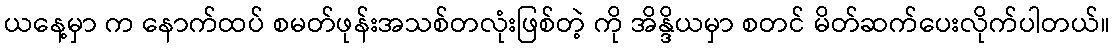
ယနေ့မှာ က နောက်ထပ် စမတ်ဖုန်းအသစ်တလုံးဖြစ်တဲ့ ကို အိန္ဒိယမှာ စတင် မိတ်ဆက်ပေးလိုက်ပါတယ်။